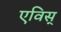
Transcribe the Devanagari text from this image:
एविस्